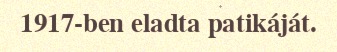
1917-ben eladta patikáját.